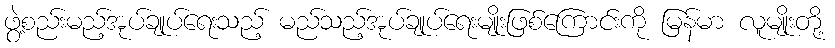
ဖွဲ့စည်းမည့်အုပ်ချုပ်ရေးသည့် မည်သည့်အုပ်ချုပ်ရေးမျိုးဖြစ်ကြောင်းကို မြန်မာ လူမျိုးတို့